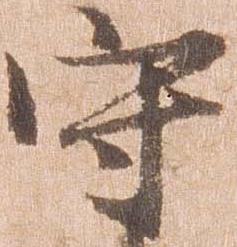
守